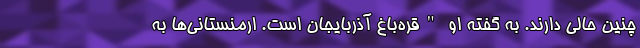
چنین حالی دارند. به گفته او "قره‌باغ آذربایجان است. ارمنستانی‌ها به